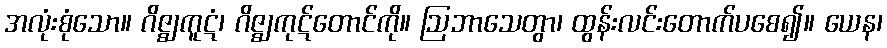
အလုံးစုံသော။ ဂိဇ္ဈကူဋံ၊ ဂိဇ္ဈကုဋ်တောင်ကို။ ဩဘာသေတွာ၊ ထွန်းလင်းတောက်ပစေ၍။ ယေန၊